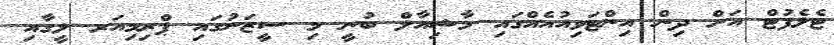
ޓެލެފުޓް އަށް ދިން އިންޓަވިއުއެއްގައި މާޝިއާލް ބުނީ މި ސީޒަނުގައި ޕްރިމިއަރ ލީގާއި